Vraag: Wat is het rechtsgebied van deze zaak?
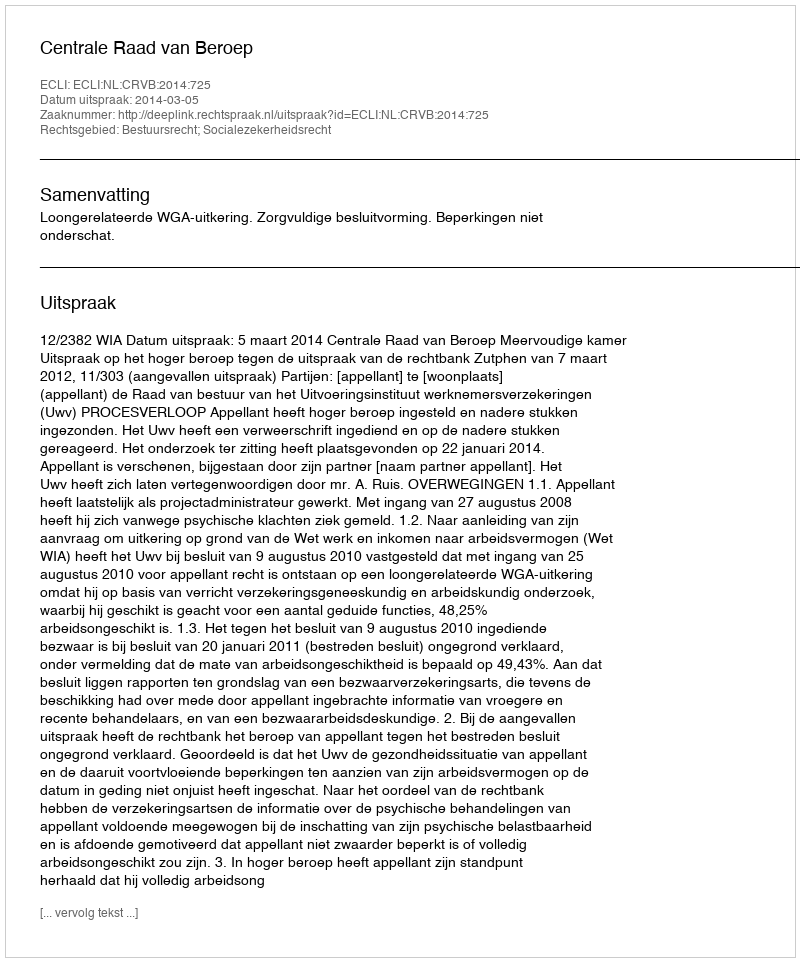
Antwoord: Bestuursrecht; Socialezekerheidsrecht